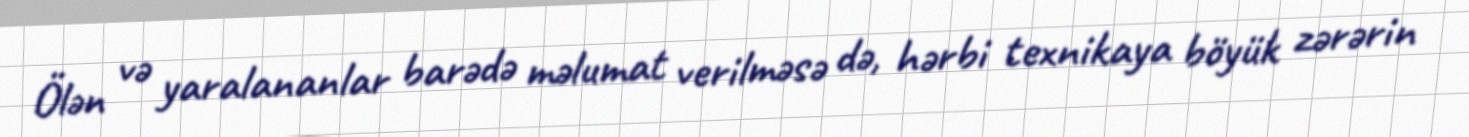
Ölən və yaralananlar barədə məlumat verilməsə də, hərbi texnikaya böyük zərərin